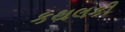
કથલકી